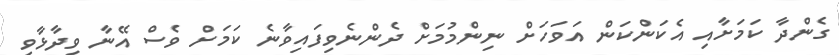
ގެންދާ ކަމަށާއި އެކަންކަން އަވަހަށް ނިންމުމަށް ދެންނެވިފައިވާނެ ކަމަށް ވެސް އޭނާ ވިދާޅާވި